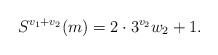
LaTeX: \begin{align*}S^{v_1+v_2}(m) = 2\cdot 3^{v_2} w_2 + 1.\end{align*}